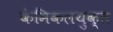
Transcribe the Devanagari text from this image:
केमिकलयुक्त